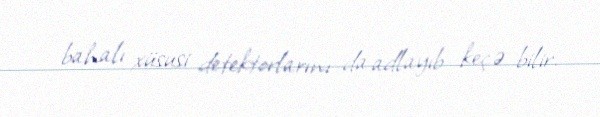
bahalı xüsusi detektorlarını da adlayıb keçə bilir.